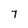
Character: 7